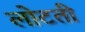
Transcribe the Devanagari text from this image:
लोटती